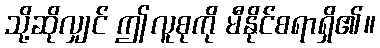
သို့ဆိုလျှင် ဤလူစုကို မီနိုင်စရာရှိ၏။